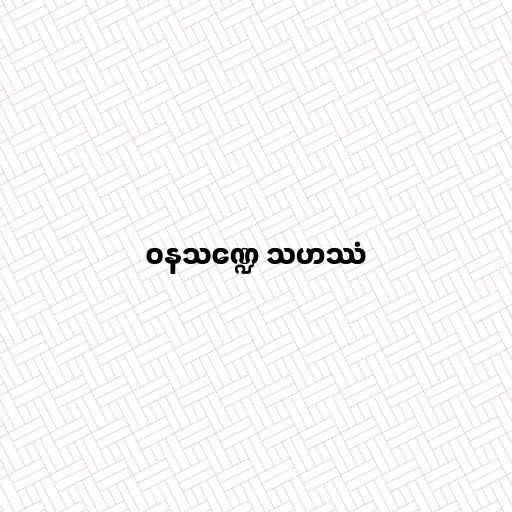
ဝနသဏ္ဍေ သဟဿံ